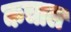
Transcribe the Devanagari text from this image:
कचाल